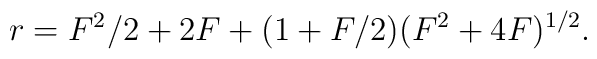
r = F^{2}/2 + 2 F + ( 1 + F/2) ( F^{2} + 4 F)^{1/2}.